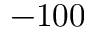
- 1 0 0